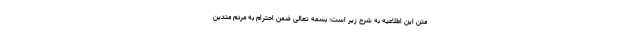
متن این اطلاعیه به شرح زیر است: بسمه تعالی ضمن احترام به مردم متدین